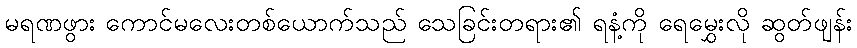
မရဏဖွား ကောင်မလေးတစ်ယောက်သည် သေခြင်းတရား၏ ရနံ့ကို ရေမွှေးလို ဆွတ်ဖျန်း